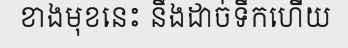
ខាងមុខនេះ នឹងដាច់ទឹកហើយ